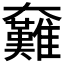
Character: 𡚟